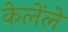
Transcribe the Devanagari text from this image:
केलेंले